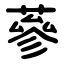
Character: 蔘